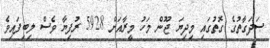
ޞަދަގާތުގެ ގޮތުގައި މިދިޔަ ޖޫން މަހު މީރާއަށް 5928 ރުފިޔާ ވެސް ލިބިފައިވެ